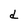
Character: d